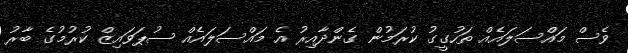
ވެސް މައްސަލައެއް ތަހުގީގު ކުރަމުން ގެންދާއިރު އެ މައްސަލައެއް ސުޕަވައިޒް ކުރުމުގެ ބާރު